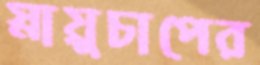
স্নায়ুচাপের